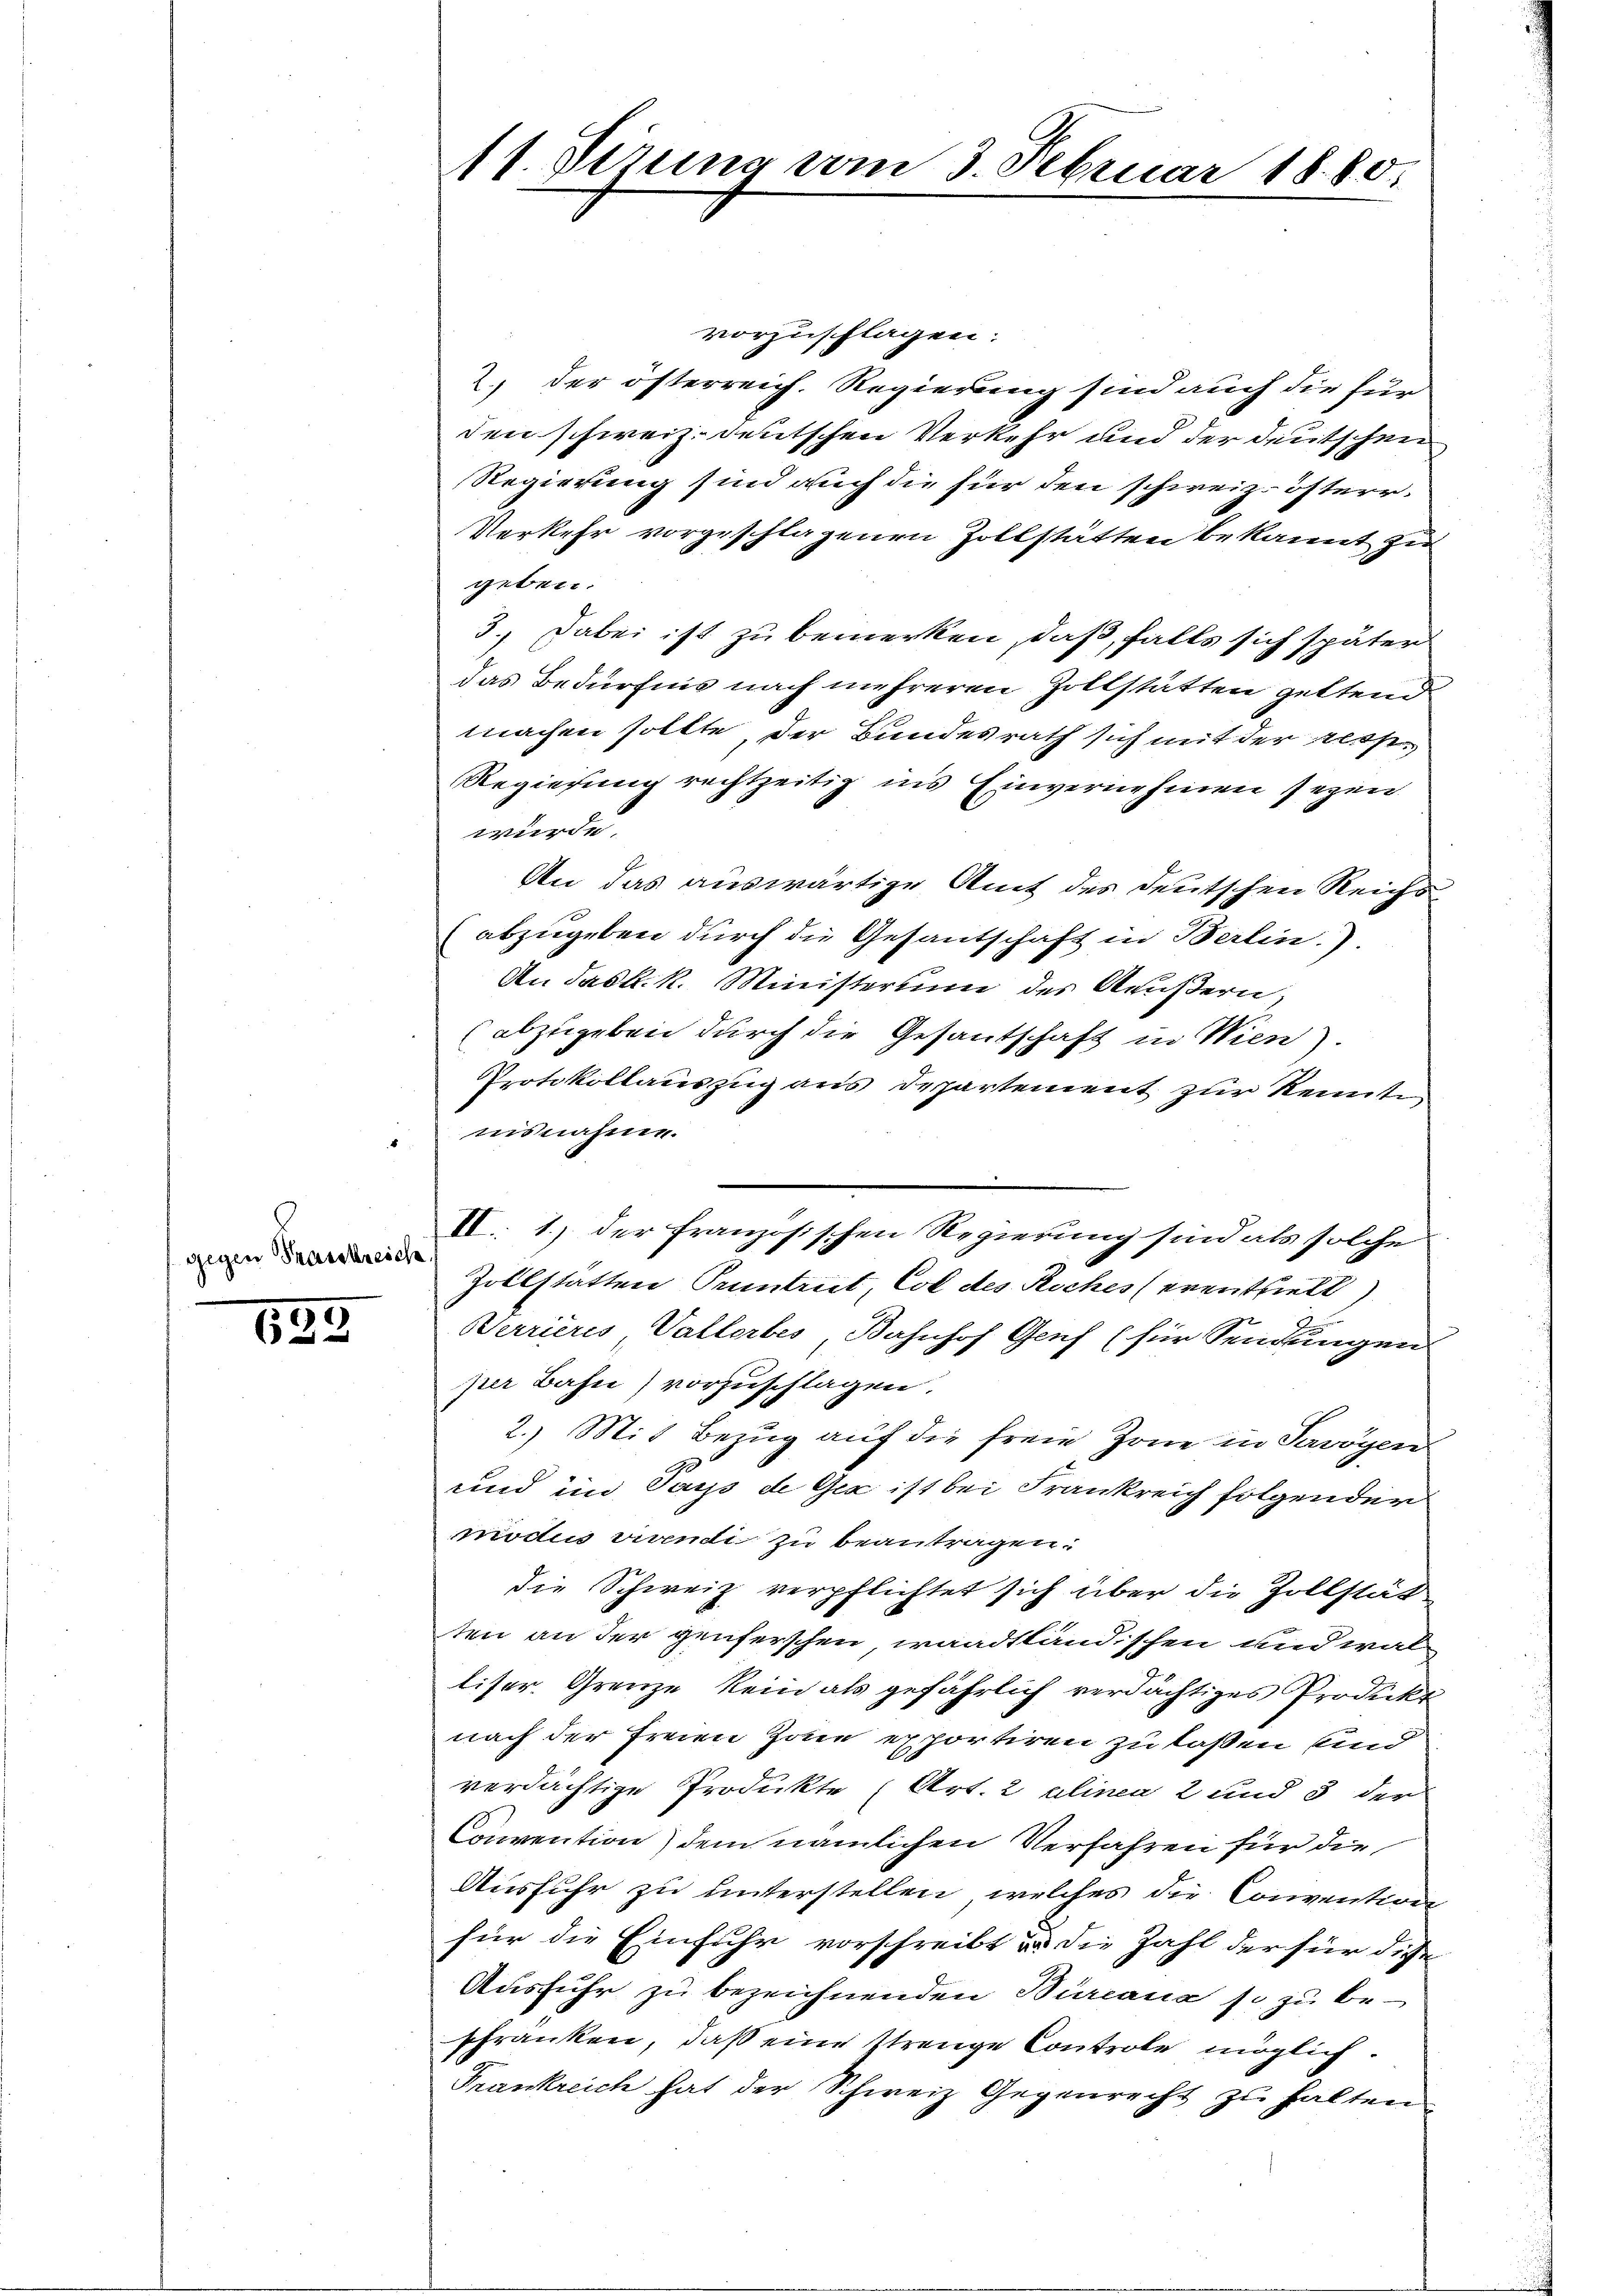
gegen Frankreich

132

11. Vierung vom 3. Februar 1880.

vorzuschlagen:
2., der österreich. Regierung sind auch die für
den schweiz. deutschen Verkehr und der deutschen
Regierung sind auch die für den schweiz. österr.
Verkehr vorgeschlagenen Zollstätten bekannt zu
geben.
3.) Dabei ist zu bemerken, daß, falls sich später
das Bedürfnis nach mehreren Zollstätten geltend
machen sollte, der Bundesrath sich mit der Ress¬
Regierung rechtzeitig ins Einvernehmen seyen
wurde
An das auswärtige Amt des deutschen Reichs
abzugeben durch die Gesantschaft in Berlin.).
An das k. k. Ministerium des Aeußern
(abzugeben durch die Gesantschaft in Wien).
Protokollauszug aus Departement zur Kennte
isnahme.
II 1.) der französischen Regierung sind als solche
Zollstatten Pruntrut, Coll des Roches erenthielt)
Verrieres Vallerbes Bahnhof Genf (für Sendungen
per Bahn) vorzuschlagen.
2.) Mit Bezug auf die freie Zone in Savoyen
und im Pays de Gex ist bei Frankreich folgender
modiu vivendi zu beantragen.
die Schweiz verpflichtet sich über die Zollstät
ten an der genferschen waadtländischen und wal
liser. Grenze kein als gefährlich verdächtiges Prodeckt
nach der freien Zone exportiren zu laßen sind
verdächtige Produkte (Art. 2 alinea 2 und 3 der
Convention) dem nämlichen Verfahren für die
Ausfuhr zu unterstellen, welches die Conventions
für die Einfuhr vorschreibt u. die Zahl der für diese
Ausfuhr zu bezeichnenden Burcana so zu be-
schränken, daß eine strenge Controle möglich.
Frankreich hat der Schweiz Gegenrecht zu halten.